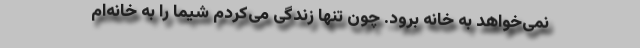
نمی‌خواهد به خانه برود. چون تنها زندگی می‌کردم شیما را به خانه‌ام